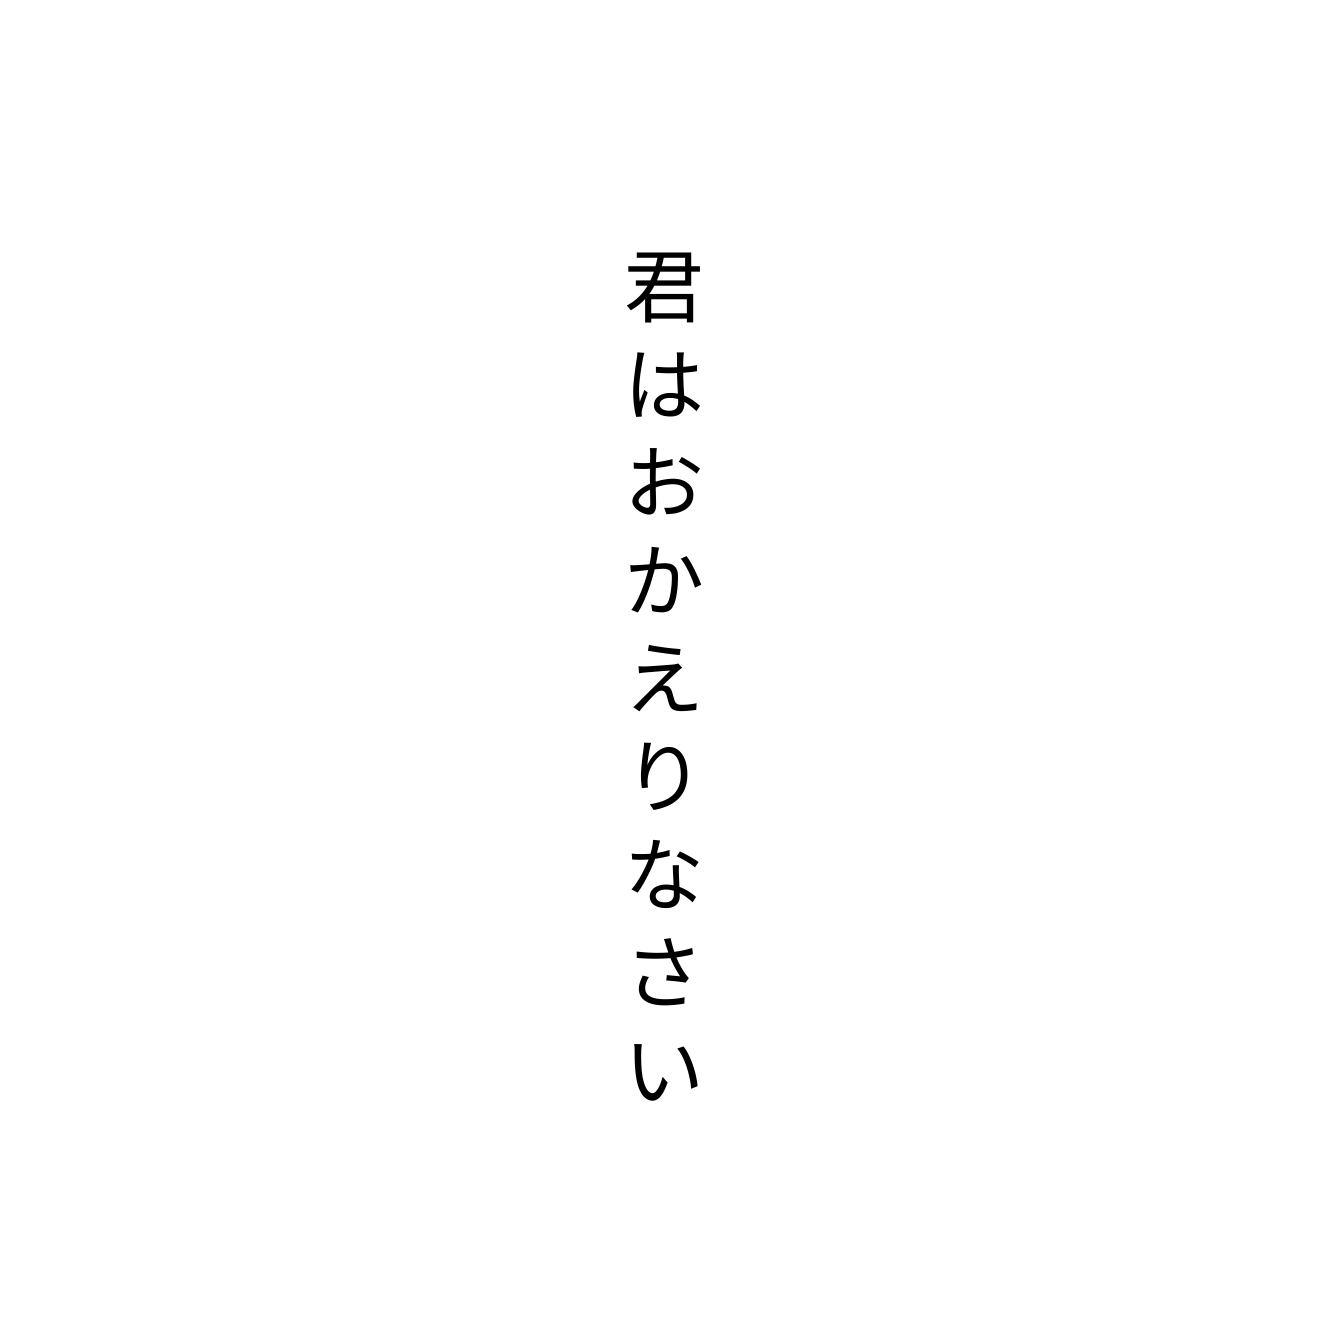
君はおかえりなさい